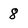
Character: 8